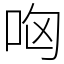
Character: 㕼